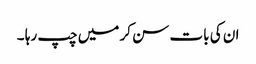
ان کی بات سن کر میں چپ رہا ۔